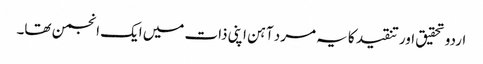
اردو تحقیق اور تنقید کا یہ مرد آہن اپنی ذات میں ایک انجمن تھا۔